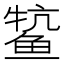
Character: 𫚟